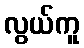
လွယ်ကူ